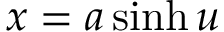
x = a \sinh { u }